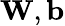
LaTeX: \mathbf{W},\mathbf{b}